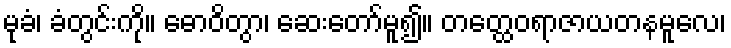
မုခံ၊ ခံတွင်းကို။ ဓောဝိတွာ၊ ဆေးတော်မူ၍။ တတ္ထေဝရာဇာယတနမူလေ၊